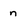
Character: n